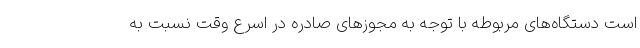
است دستگاه‌های مربوطه با توجه به مجوزهای صادره در اسرع وقت نسبت به